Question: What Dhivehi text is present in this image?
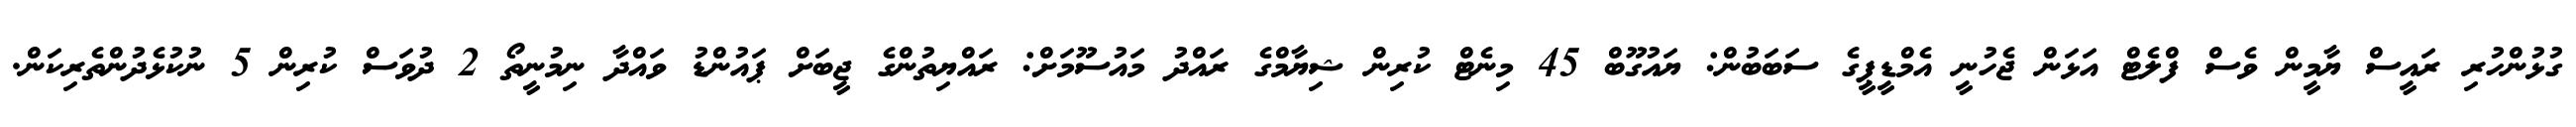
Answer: ގުޅުންހުރި ރައީސް ޔާމީން ވެސް ފްލެޓް އަޅަން ޖެހުނީ އެމްޑީޕީގެ ސަބަބުން: ޔައުގޫބް 45 މިނެޓް ކުރިން ޝިޔާމްގެ ރައްދު މައުސޫމަށް: ރައްޔިތުންގެ ޖީބަށް ޕައުންޑު ވައްދާ ނިމުނީތޯ 2 ދުވަސް ކުރިން 5 ނުކުޅެދުންތެރިކަން.